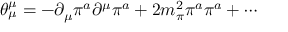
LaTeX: \theta _ { \mu } ^ { \mu } = - \partial _ { \mu } \pi ^ { a } \partial ^ { \mu } \pi ^ { a } + 2 m _ { \pi } ^ { 2 } \pi ^ { a } \pi ^ { a } + \cdots